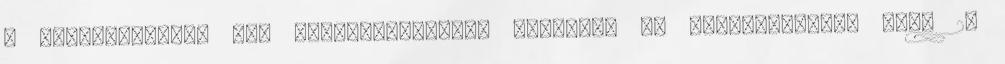
a mosogatószert sem veszélytelenebb megenni, de természetesen légy 2X